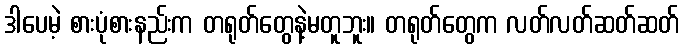
ဒါပေမဲ့ စားပုံစားနည်းက တရုတ်တွေနဲ့မတူဘူး။ တရုတ်တွေက လတ်လတ်ဆတ်ဆတ်